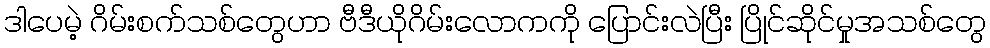
ဒါပေမဲ့ ဂိမ်းစက်သစ်တွေဟာ ဗီဒီယိုဂိမ်းလောကကို ပြောင်းလဲပြီး ပြိုင်ဆိုင်မှုအသစ်တွေ